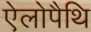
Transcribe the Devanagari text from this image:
ऐलोपैथि